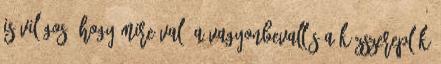
is világos, hogy mire való a vagyonbevallás a közszereplők